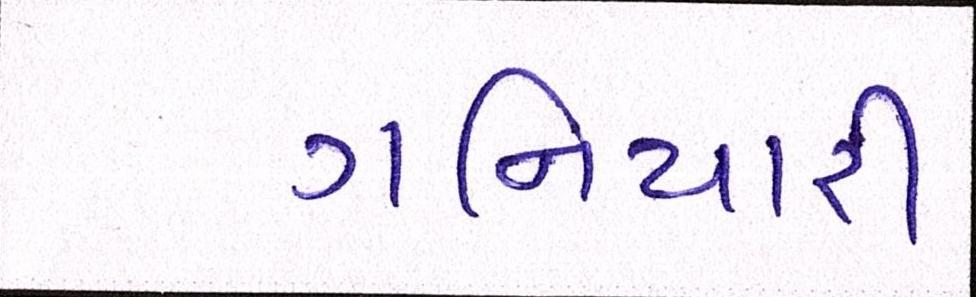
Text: ગનિયારી